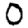
Digit: 0